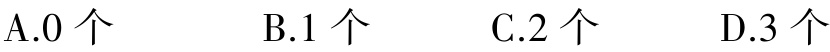
A.0 个 \quad B.1 个 \quad C.2 个 \quad D.3 个